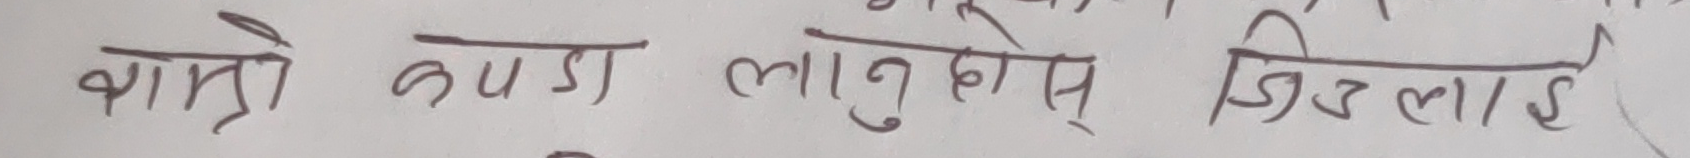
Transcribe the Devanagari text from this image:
राम्रो कपडा लानुहोस् जिन्सलाई